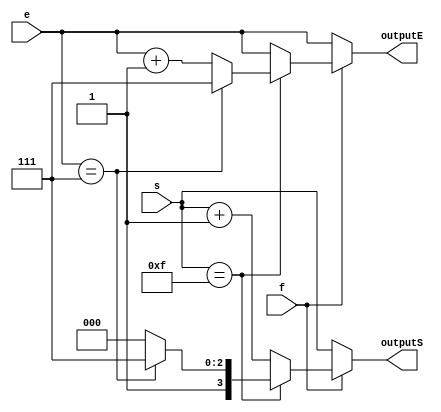
`timescale 1ns / 1ps
//////////////////////////////////////////////////////////////////////////////////
// Company: 
// Engineer: 
// 
// Design Name: 
// Module Name:    rounding 
// Project Name: 
// Target Devices: 
// Tool versions: 
// Description: 
//
// Dependencies: 
//
// Revision: 
// Revision 0.01 - File Created
// Additional Comments: 
//
//////////////////////////////////////////////////////////////////////////////////
module rounding(input [2:0] e, input [3:0] s, input [0:0] f, output reg [2:0] outputE, output reg [3:0] outputS);
	always @(*)
	begin
		if (f == 1) begin
			if (s == 4'b1111) begin
				if (e == 3'b111) begin
					outputE = 3'b111;
					outputS = 4'b1111;
				end else begin 
					outputE = e + 1'b1;
					outputS = 4'b1000;
				end
			end else begin
				outputS = s + 1'b1;
				outputE = e;
			end
		end
		else begin
			outputE = e;
			outputS = s;
		end
	end
	


endmodule